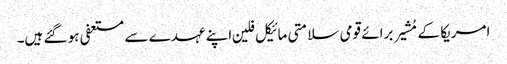
امریکا کے مُشیر برائے قومی سلامتی مائیکل فلین اپنے عہدے سے مستعفی ہو گئے ہیں۔